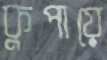
কুপায়ে